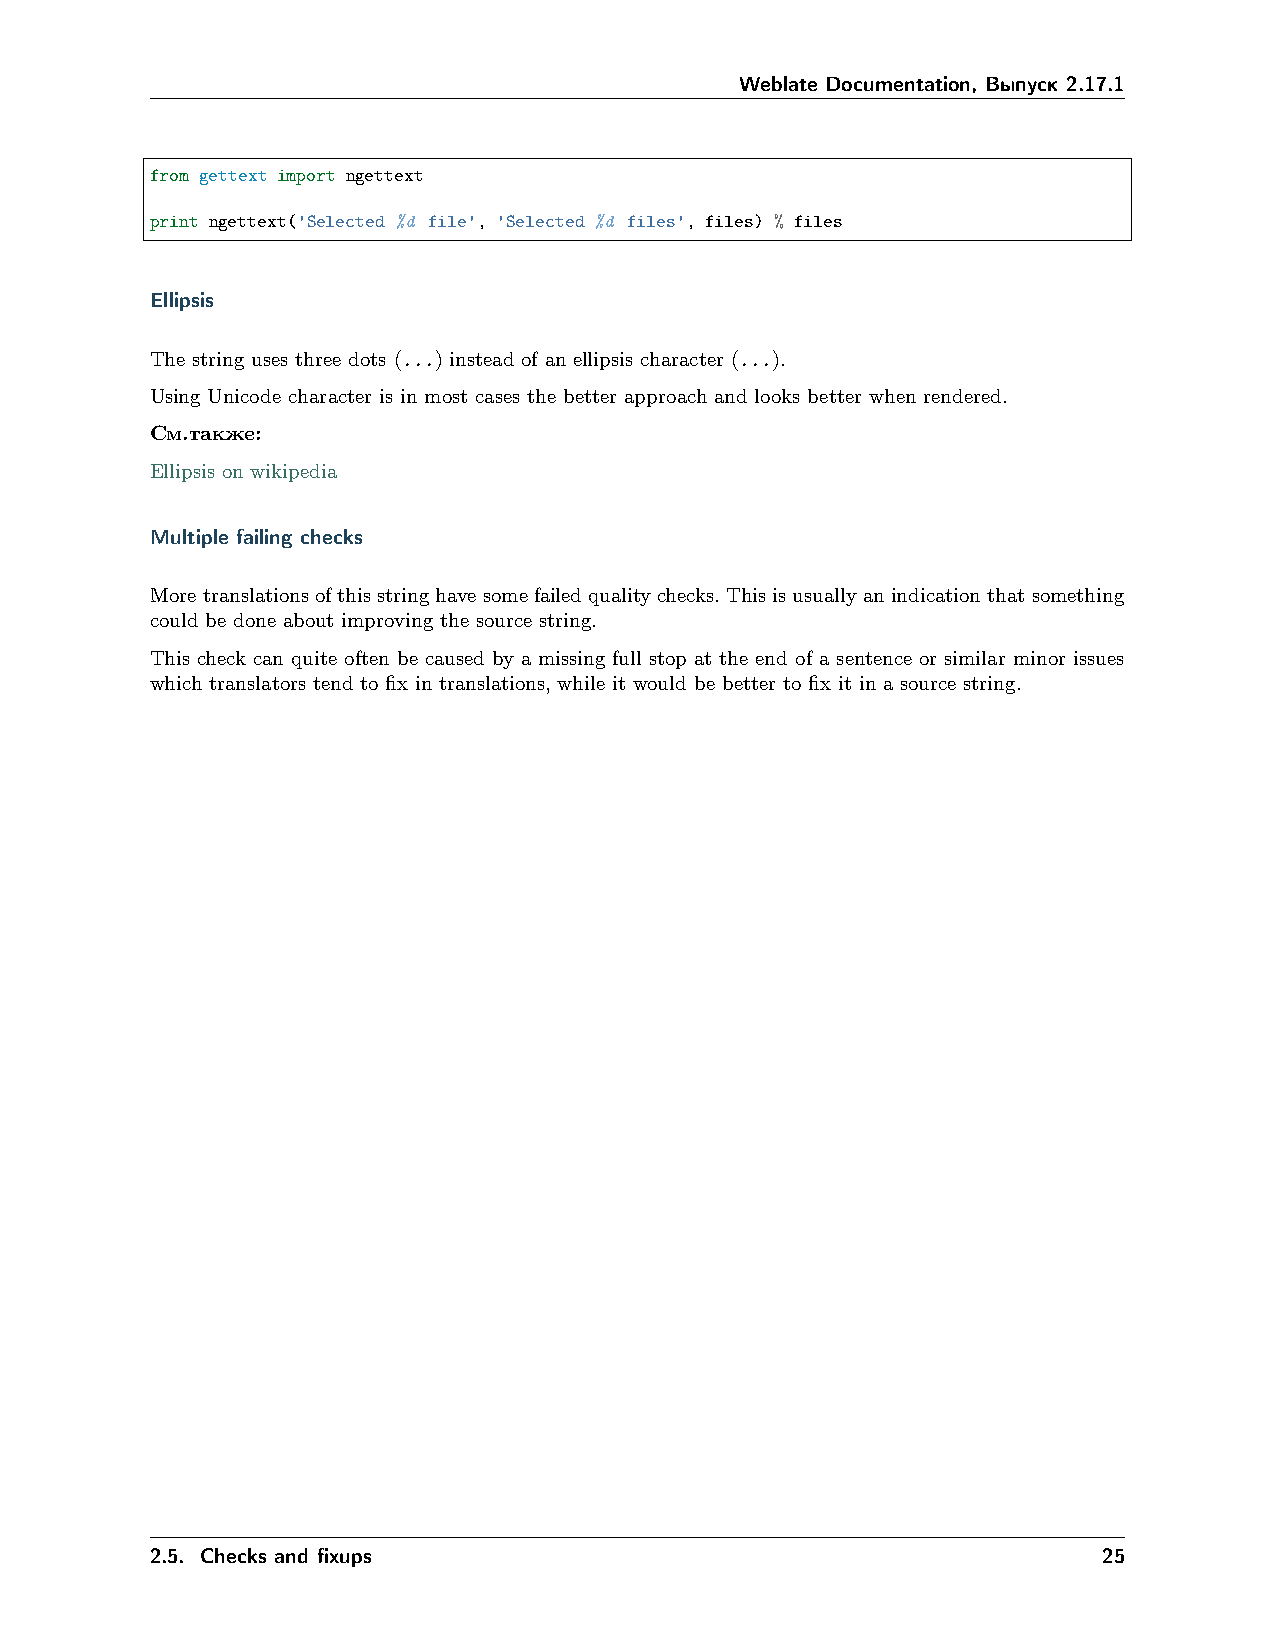
Weblate Documentation, Выпуск 2.17.1
 from gettext import ngettext
 print ngettext('Selected %d file', 'Selected %d files', files) % files
 Ellipsis
 The string uses three dots (...) instead of an ellipsis character (...).
 Using Unicode character is in most cases the better approach and looks better when rendered.
 См.также:
 Ellipsis on wikipedia
 Multiple failing checks
 Moretranslationsofthisstringhavesomefailedqualitychecks.Thisisusuallyanindicationthatsomething
 could be done about improving the source string.
 This check can quite often be caused by a missing full stop at the end of a sentence or similar minor issues
 which translators tend to fix in translations, while it would be better to fix it in a source string.
 2.5. Checks and fixups                                         25